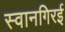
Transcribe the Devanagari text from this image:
स्वानगिरई